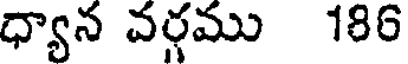
ధ్యాన వర్గము 186